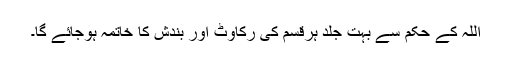
اللہ کے حکم سے بہت جلد ہرقسم کی رکاوٹ اور بندش کا خاتمہ ہوجائے گا۔